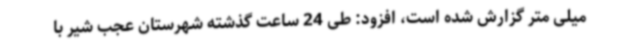
میلی متر گزارش شده است، افزود: طی 24 ساعت گذشته شهرستان عجب شیر با